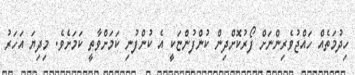
ހިދުމަތެއް ހައްޖުވެރިންނަށް ފޯރުކޮށްދިން ކުންފުންޏަކީ އެ ކުންފުނި ކަމަށްވާތީ ކަމަށެވެ. މިދިޔަ އަހަރު